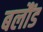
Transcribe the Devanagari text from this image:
बलौंड